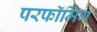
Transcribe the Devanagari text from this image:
परफॉर्मिग